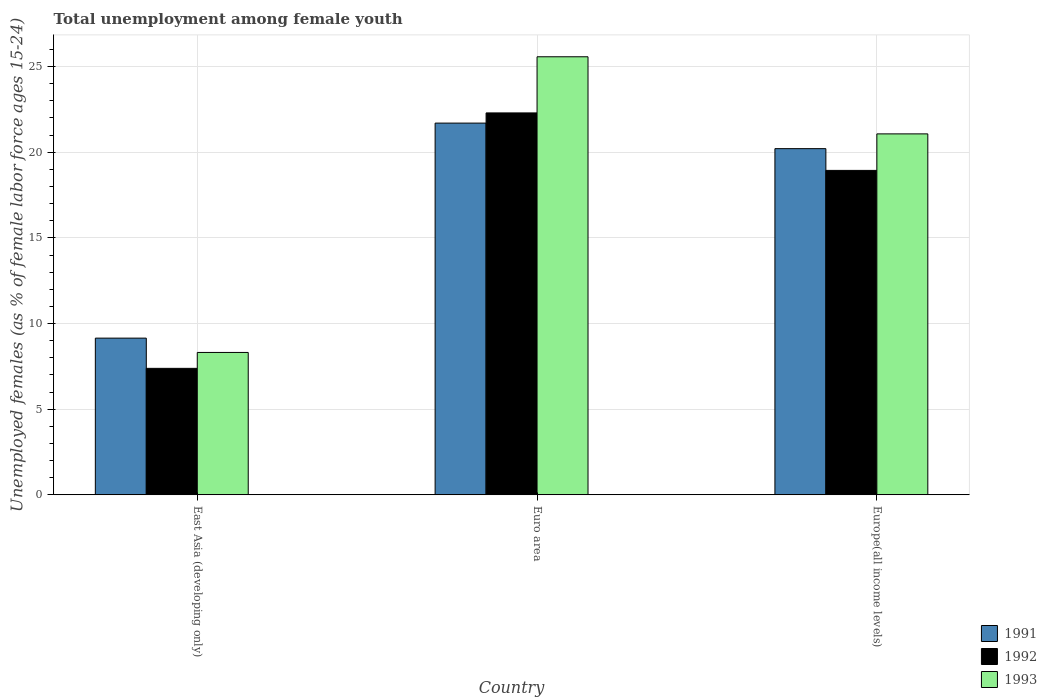
| Country | 1991 | 1992 | 1993 |
 | --- | --- | --- | --- |
 | East Asia (developing only) | 9.15 | 7.38 | 8.31 |
 | Euro area | 21.7 | 22.3 | 25.6 |
 | Europe(all income levels) | 20.2 | 18.9 | 21.1 |